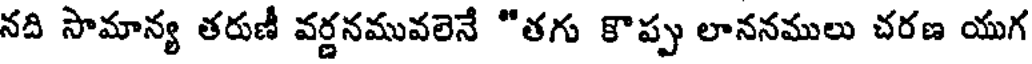
నది సామాన్య తరుణీ వర్ణనమువలెనే "తగు కొప్పు లాననములు చరణ యుగ